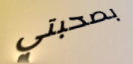
بصحبتي